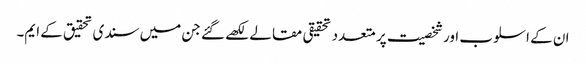
ان کے اسلوب اور شخصیت پر متعدد تحقیقی مقالے لکھے گئے جن میں سندی تحقیق کے ایم۔